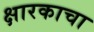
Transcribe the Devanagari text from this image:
क्षारकाचा